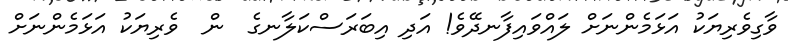
ވާގިވެރިޔަކު އަޅަމެންނަށް ލައްވައިފާނދޭވެ! އަދި އިބަރަސްކަލާނގެ  ން  ވެރިޔަކު އަޅަމެންނަށް